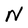
Character: N